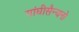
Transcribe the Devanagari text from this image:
गांघीसैन्यनो